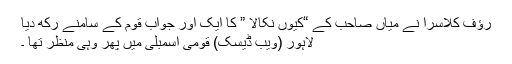
رؤف کلاسرا نے میاں صاحب کے “کیوں نکالا ” کا ایک اور جواب قوم کے سامنے رکھ دیا
لاہور (ویب ڈیسک) قومی اسمبلی میں پھر وہی منظر تھا ۔